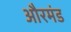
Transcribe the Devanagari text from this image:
औरमंड